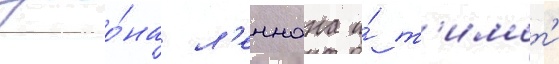
джо́на л'еннона и́ т'имот'и